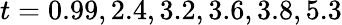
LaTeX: t={0.99,2.4,3.2,3.6,3.8,5.3}